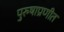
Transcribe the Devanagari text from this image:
पुरुषाप्रणीत